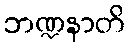
ဘဏ္ဍနာတိ